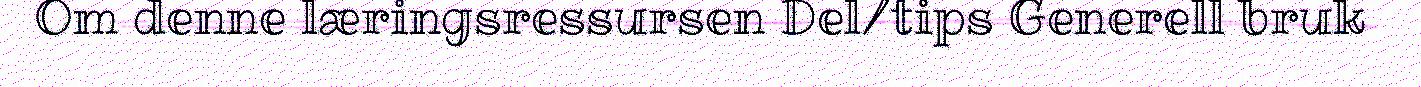
Om denne læringsressursen Del/tips Generell bruk